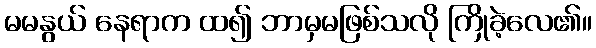
မမနွယ် နေရာက ထ၍ ဘာမှမဖြစ်သလို ကြိုခဲ့လေ၏။